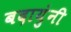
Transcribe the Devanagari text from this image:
बदायुंनी